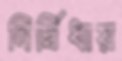
নির্দ্বিধায়